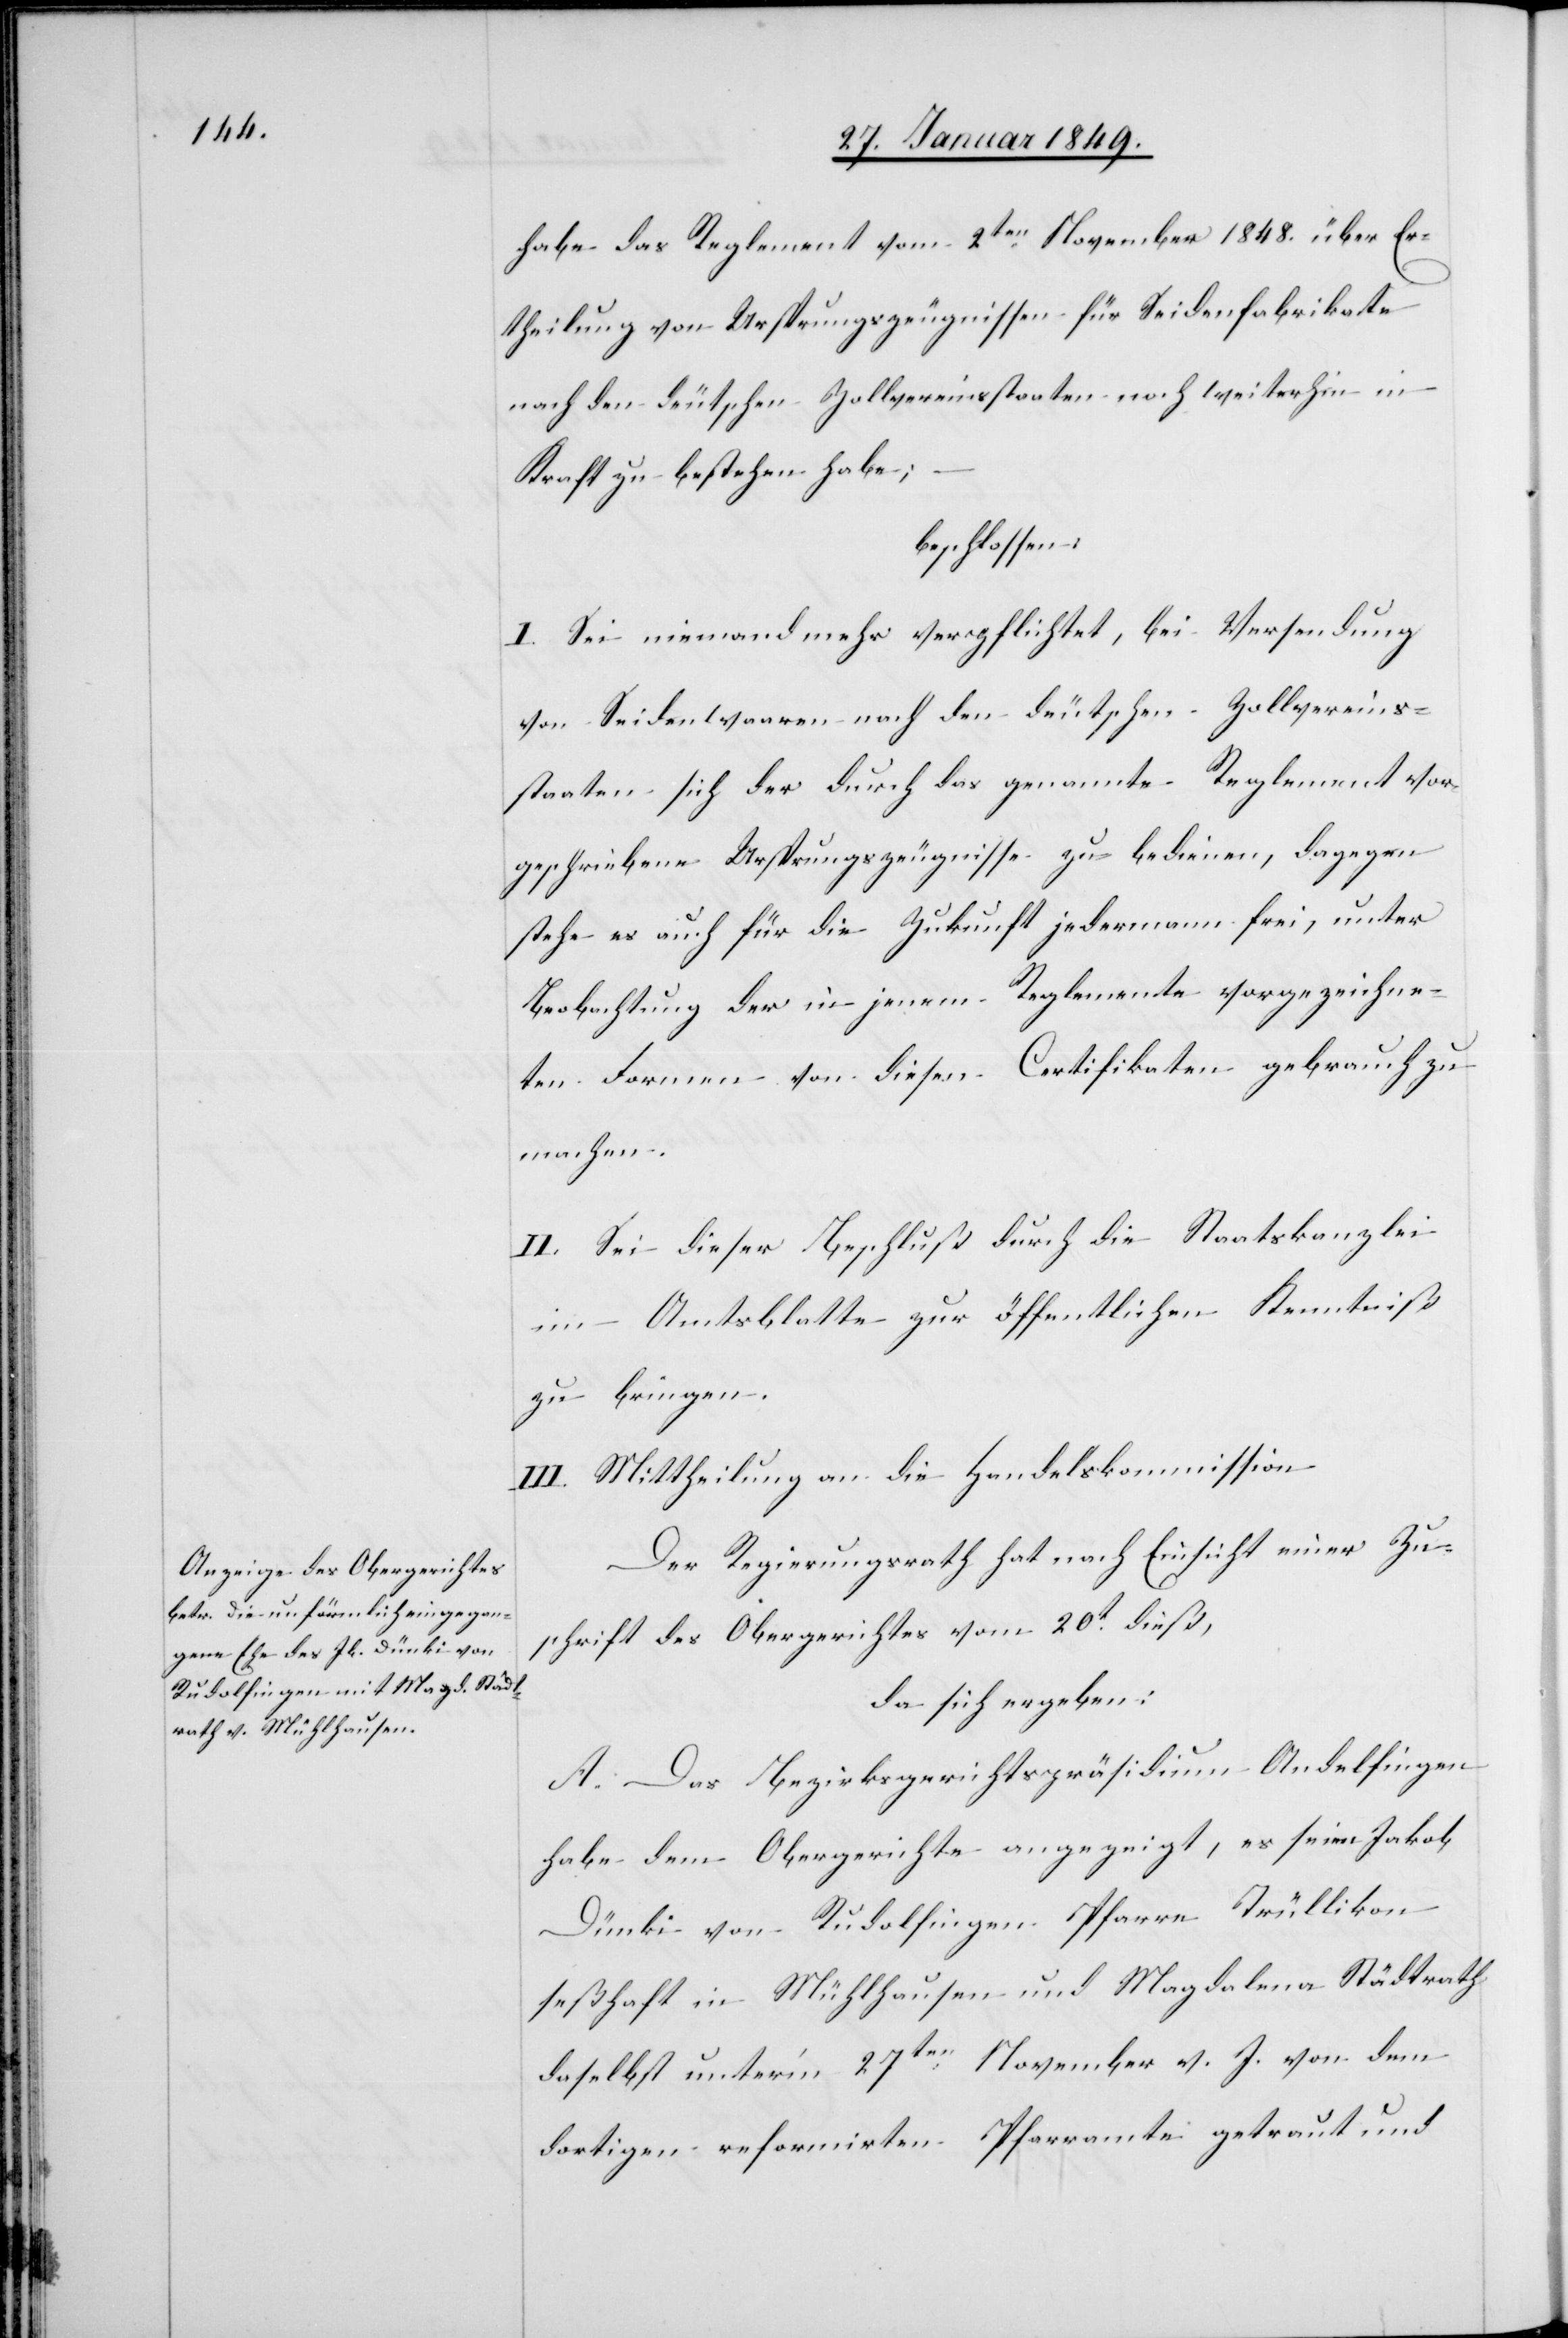
habe das Reglement vom 2ten. November 1848. über Er¬
theilung von Ursprungszeugnissen für Seidenfabrikate
nach deutschen Zollvereinsstaaten noch weiterhin in
Kraft zu bestehen habe;
beschlossen:
I. Sei niemand mehr verpflichtet, bei Versendung
von Seidenwaaren nach den deutschen Zollvereins¬
staaten sich der durch das genannte Reglement vor¬
geschriebene Ursprungszeugnisse zu bedienen, dagegen
stehe es auch für die Zukunft jedermann frei, unter
Beobachtung der in jenem Reglemente vorgezeichne¬
ten Formen von diesen Certifikaten gebrauch zu
machen.
II. Sei dieser Beschluß durch die Staatskanzlei
im Amtsblatte zur öffentlichen Kenntniß
zu bringen.
III. Mittheilung an die Handelskommission.
Der Regierungsrath hat nach Einsicht einer Zu¬
schrift des Obergerichtes vom 20t. dieß,
da sich ergeben:
A. Das Bezirksgerichtspräsidium Andelfingen
habe dem Obergerichte angezeigt, es seien Jakob
Dünki von Rudolfingen Pfarre Trüllikon
seßhaft in Mühlhausen und Magdalena Städtrath
daselbst unter’m 27ten. November v. J. von dem
dortigen reformirten Pfarramte getraut und